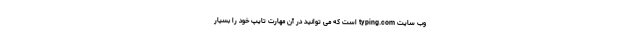
وب سایت typing.com است که می توانید در آن مهارت تایپ خود را بسیار